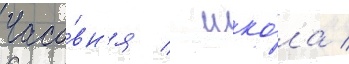
Часо́вн'я / шко́ла /